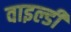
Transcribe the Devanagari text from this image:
वाइल्डी